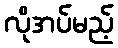
လိုအပ်မည့်